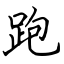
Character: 跑